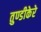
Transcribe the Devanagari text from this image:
तुण्डीकेरे